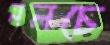
নলচে